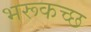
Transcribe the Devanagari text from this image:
भरूकच्छ